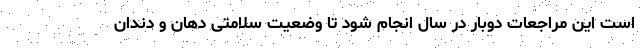
است این مراجعات دوبار در سال انجام شود تا وضعیت سلامتی دهان و دندان